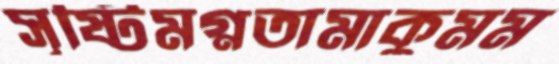
সৃষ্টিমগ্নতামাকুমম